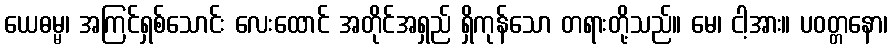
ယေဓမ္မ၊ အကြင်ရှစ်သောင်း လေးထောင် အတိုင်အရှည် ရှိကုန်သော တရားတို့သည်။ မေ၊ ငါ့အား။ ပဝတ္တနော၊